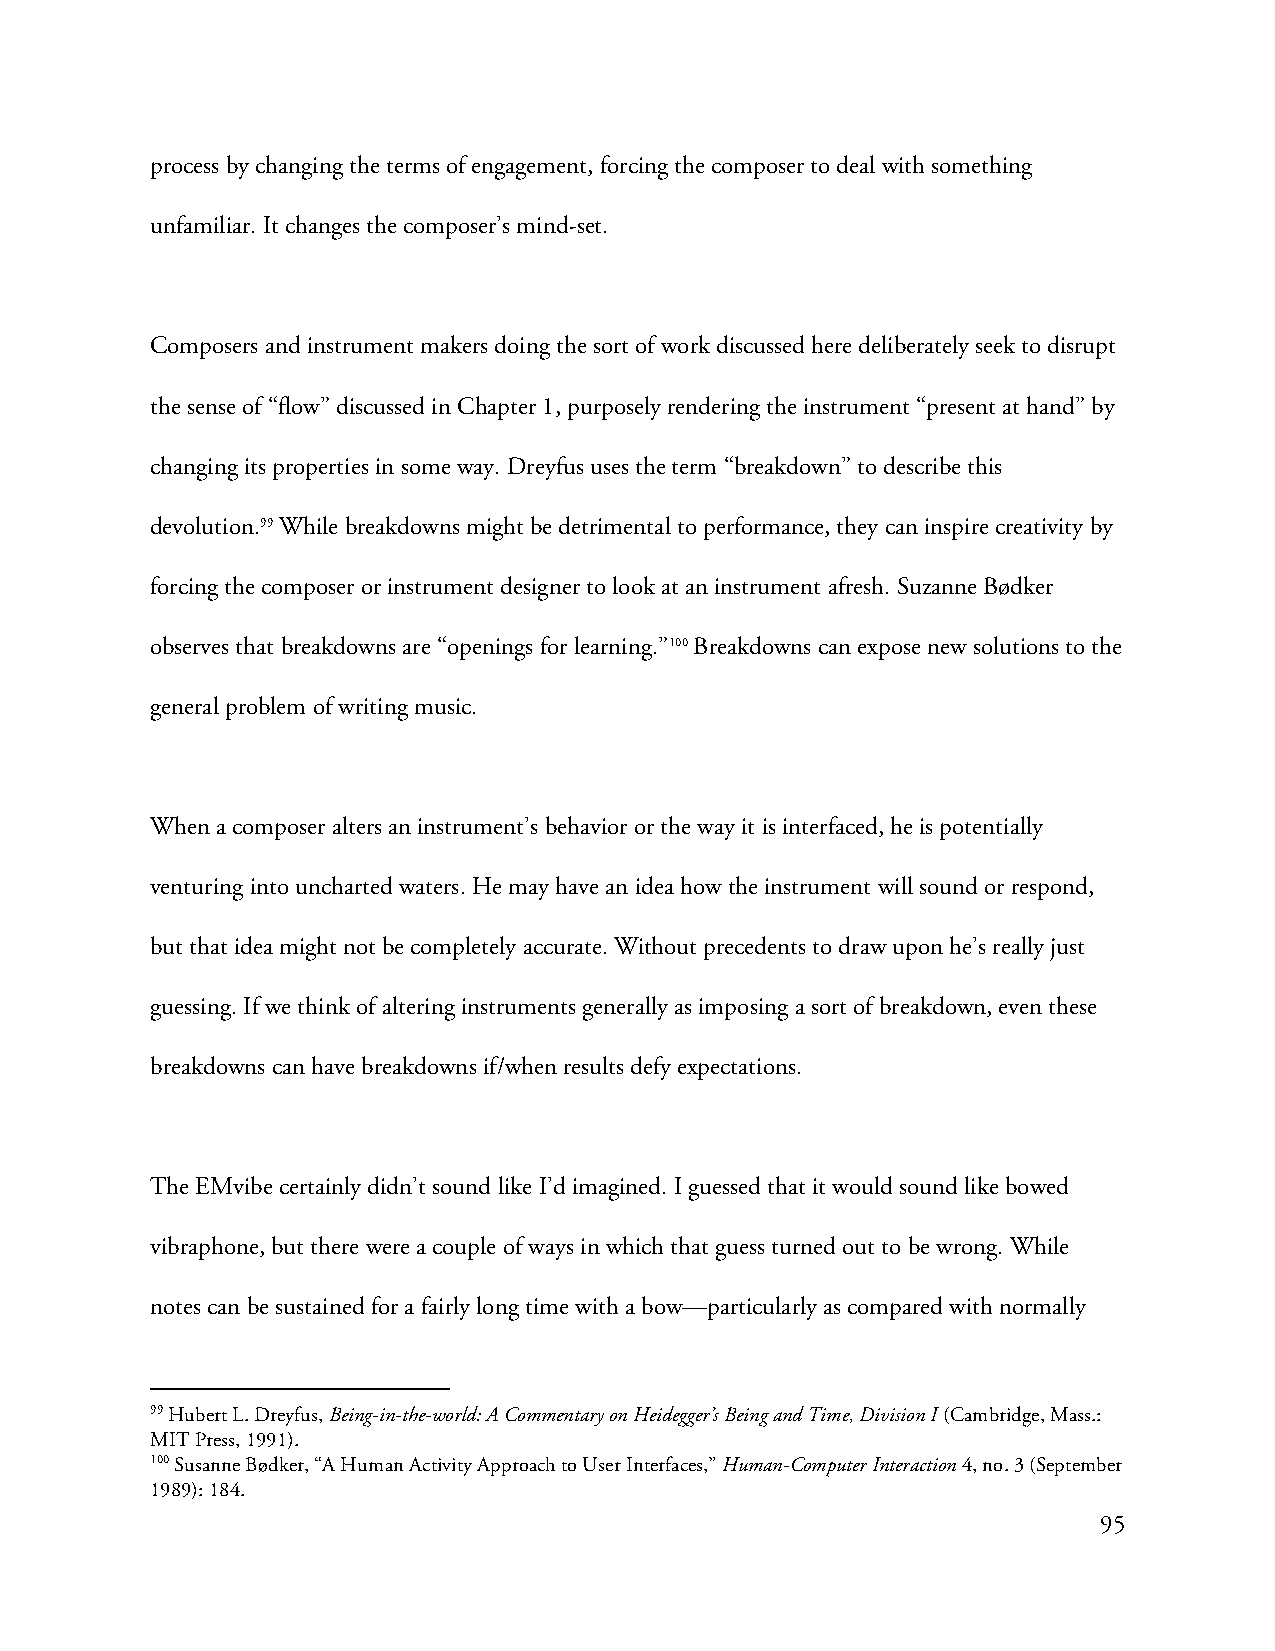
process by changing the terms of engagement, forcing the composer to deal with something
 unfamiliar. It changes the composer’s mind-set.
 Composers and instrument makers doing the sort of work discussed here deliberately seek to disrupt
 the sense of “flow” discussed in Chapter 1, purposely rendering the instrument “present at hand” by
 changing its properties in some way. Dreyfus uses the term “breakdown” to describe this
 devolution.99 While breakdowns might be detrimental to performance, they can inspire creativity by
 forcing the composer or instrument designer to look at an instrument afresh. Suzanne Bødker
 observes that breakdowns are “openings for learning.”100 Breakdowns can expose new solutions to the
 general problem of writing music.
 When a composer alters an instrument’s behavior or the way it is interfaced, he is potentially
 venturing into uncharted waters. He may have an idea how the instrument will sound or respond,
 but that idea might not be completely accurate. Without precedents to draw upon he’s really just
 guessing. If we think of altering instruments generally as imposing a sort of breakdown, even these
 breakdowns can have breakdowns if/when results defy expectations.
 The EMvibe certainly didn’t sound like I’d imagined. I guessed that it would sound like bowed
 vibraphone, but there were a couple of ways in which that guess turned out to be wrong. While
 notes can be sustained for a fairly long time with a bow—particularly as compared with normally
 99 Hubert L. Dreyfus, Being-in-the-world: A Commentary on Heidegger’s Being and Time, Division I (Cambridge, Mass.:
 MIT Press, 1991).
 100 Susanne Bødker, “A Human Activity Approach to User Interfaces,” Human-Computer Interaction 4, no. 3 (September
 1989): 184.
 95